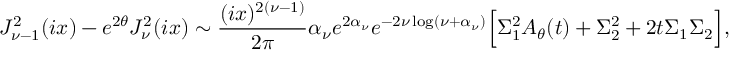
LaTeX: J _ { \nu - 1 } ^ { 2 } ( i x ) - e ^ { 2 \theta } J _ { \nu } ^ { 2 } ( i x ) \sim { \frac { ( i x ) ^ { 2 ( \nu - 1 ) } } { 2 \pi } } \alpha _ { \nu } e ^ { 2 \alpha _ { \nu } } e ^ { - 2 \nu \log ( \nu + \alpha _ { \nu } ) } \Bigr [ \Sigma _ { 1 } ^ { 2 } A _ { \theta } ( t ) + \Sigma _ { 2 } ^ { 2 } + 2 t \Sigma _ { 1 } \Sigma _ { 2 } \Bigr ] ,